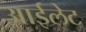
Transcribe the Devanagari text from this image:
आईलेट